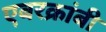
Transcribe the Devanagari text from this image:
एबरक्रांबी